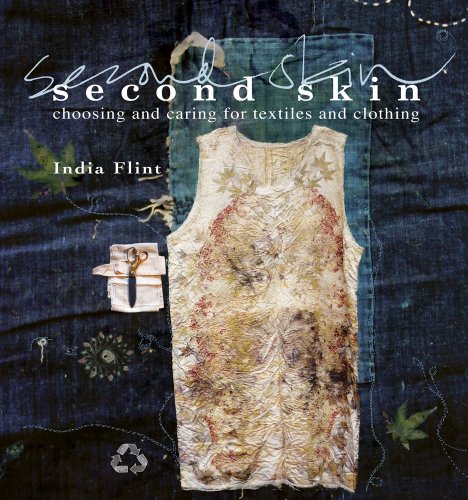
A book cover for Second Skin: Choosing and Caring for Textiles and Clothing; India Flint; Arts & Photography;